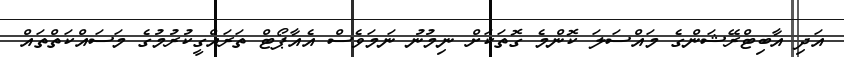
އަދި އާބިޓްރޭޝަންގެ މައްސަލަ ކޮންމެ ގޮތަކަށް ނިމުނު ނަމަވެސް އެއާޕޯޓް ތަރައްގީކުރުމުގެ މަސައްކަތްތައް